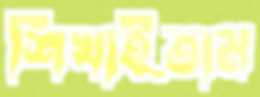
শিখাইতাম